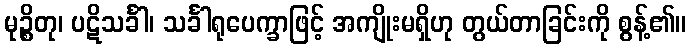
မုဉ္စိတု၊ ပဋိသင်္ခါ၊ သင်္ခါရုပေက္ခာဖြင့် အကျိုးမရှိဟု တွယ်တာခြင်းကို စွန့်၏။